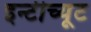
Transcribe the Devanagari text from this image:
इन्टीच्यूट